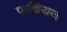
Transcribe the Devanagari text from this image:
फबियन